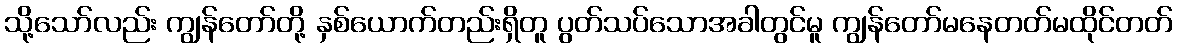
သို့သော်လည်း ကျွန်တော်တို့ နှစ်ယောက်တည်းရှိတူ ပွတ်သပ်သောအခါတွင်မူ ကျွန်တော်မနေတတ်မထိုင်တတ်